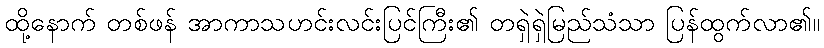
ထို့နောက် တစ်ဖန် အာကာသဟင်းလင်းပြင်ကြီး၏ တရှဲရှဲမြည်သံသာ ပြန်ထွက်လာ၏။